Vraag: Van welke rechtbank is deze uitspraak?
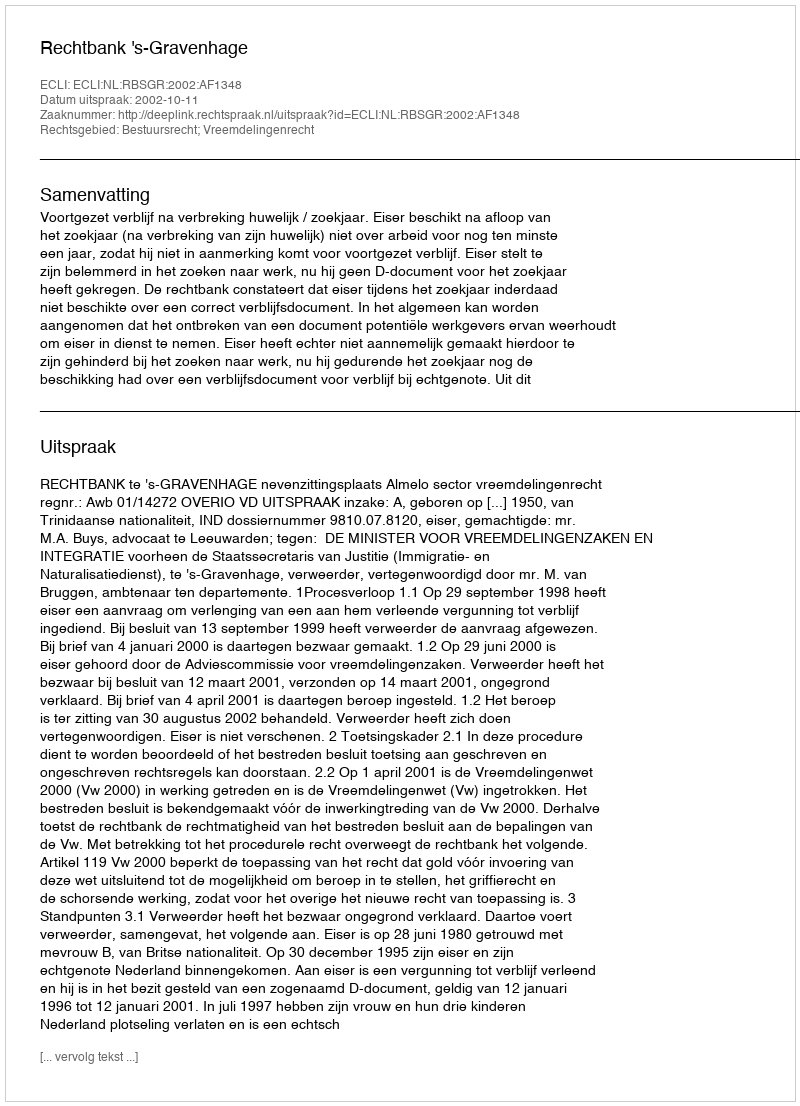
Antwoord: Rechtbank 's-Gravenhage